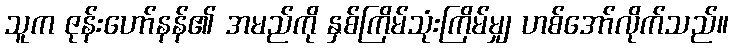
သူက ဇုန်းဟော်နန်၏ အမည်ကို နှစ်ကြိမ်သုံးကြိမ်မျှ ဟစ်အော်လိုက်သည်။